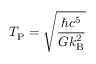
T _ { \mathrm { P } } = { \sqrt { \frac { \hbar c ^ { 5 } } { G k _ { \mathrm { B } } ^ { 2 } } } }